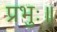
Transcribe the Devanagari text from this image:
प्रभुः॥